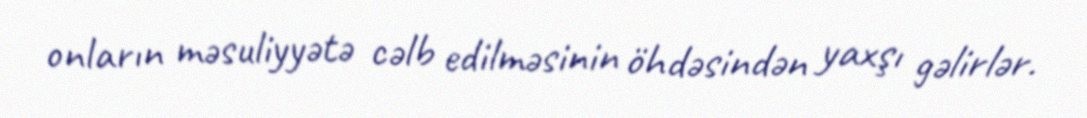
onların məsuliyyətə cəlb edilməsinin öhdəsindən yaxşı gəlirlər.